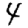
Digit: 4